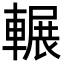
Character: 輾